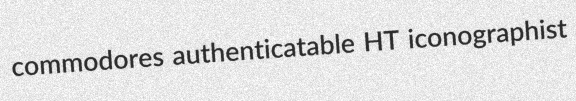
commodores authenticatable HT iconographist